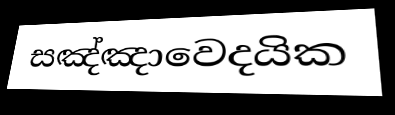
සඤ්ඤාවෙදයික